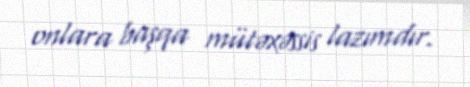
onlara başqa mütəxəssis lazımdır.